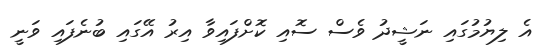
އެ ލިޔުމުގައި ނަޝީދު ވެސް ސޮއި ކޮށްފައިވާ އިރު އޭގައި ބުނެފައި ވަނީ